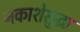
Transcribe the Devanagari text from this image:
नकाशेसुद्धा